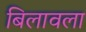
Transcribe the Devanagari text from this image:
बिलावला